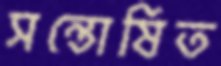
সন্তোষিত